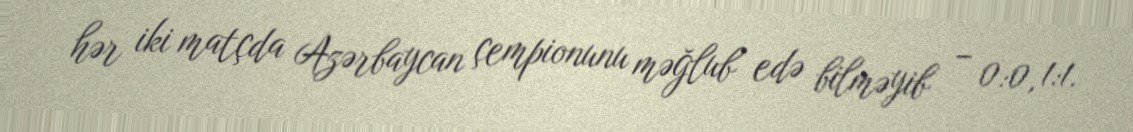
hər iki matçda Azərbaycan çempionunu məğlub edə bilməyib – 0:0, 1:1.